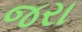
જરા